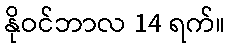
နိုဝင်ဘာလ 14 ရက်။